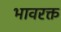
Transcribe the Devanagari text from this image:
भावरक्त